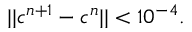
| | c ^ { n + 1 } - c ^ { n } | | < 1 0 ^ { - 4 } .